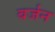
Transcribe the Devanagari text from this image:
बर्जन